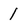
Character: 1